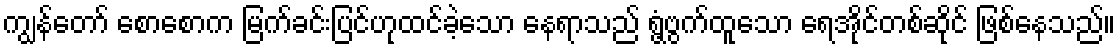
ကျွန်တော် စောစောက မြက်ခင်းပြင်ဟုထင်ခဲ့သော နေရာသည် ရွံ့ဗွက်ထူသော ရေအိုင်တစ်ဆိုင် ဖြစ်နေသည်။